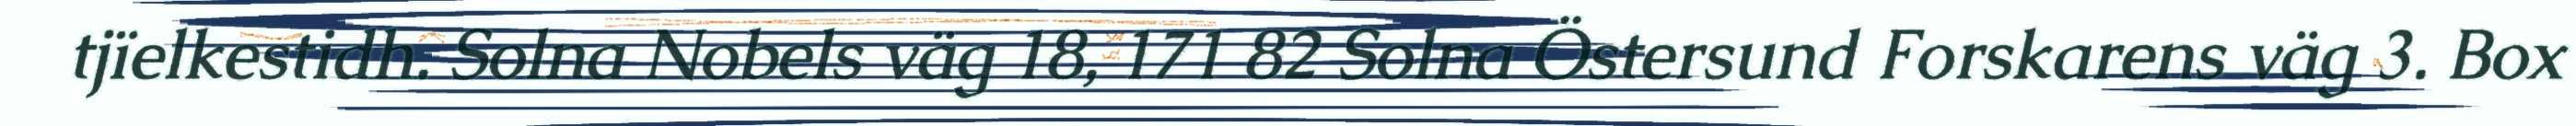
tjïelkestidh. Solna Nobels väg 18, 171 82 Solna Östersund Forskarens väg 3. Box